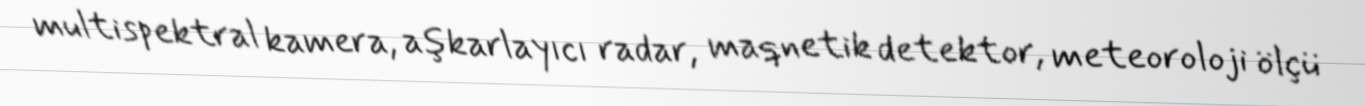
multispektral kamera, aşkarlayıcı radar, maqnetik detektor, meteoroloji ölçü